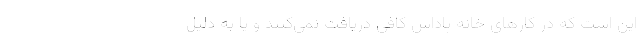
این است که در کارهای خانه پاداش کافی دریافت نمی‌کنند و یا به دلیل